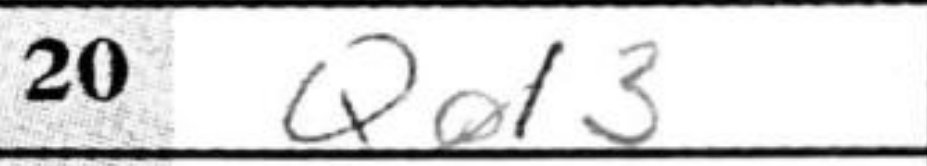
Transcription: Qd3